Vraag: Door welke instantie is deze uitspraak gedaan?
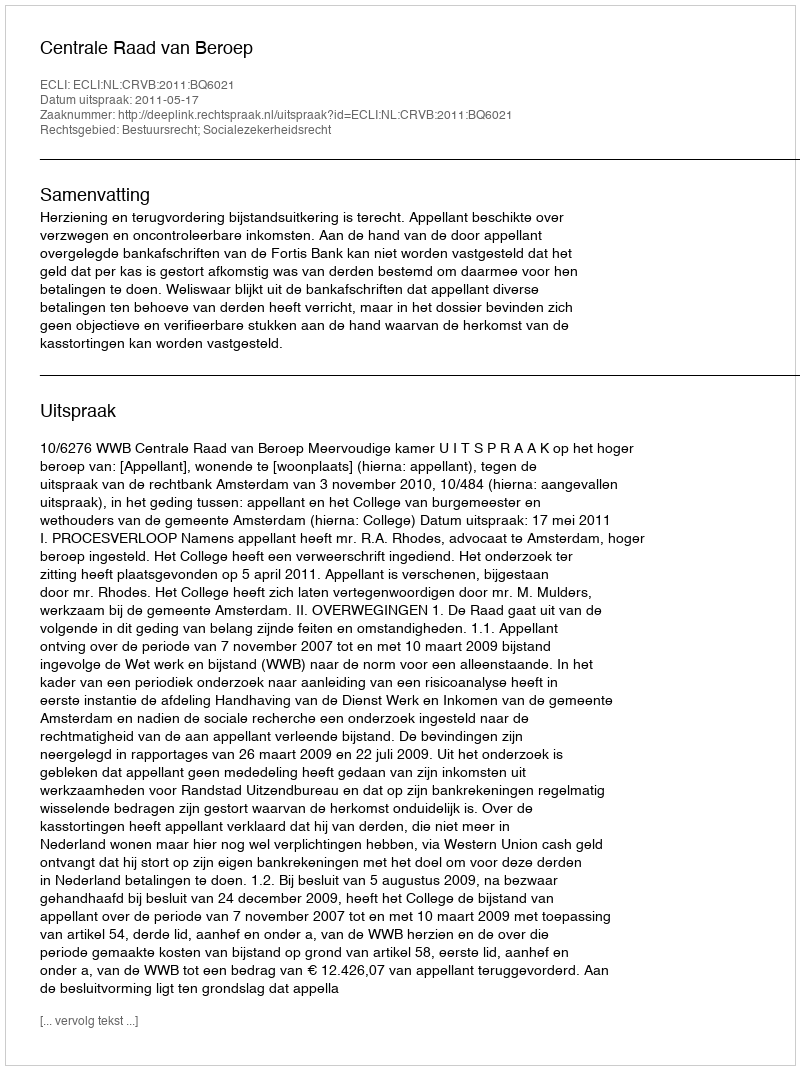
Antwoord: Centrale Raad van Beroep